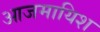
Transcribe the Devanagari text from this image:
आजमायिश